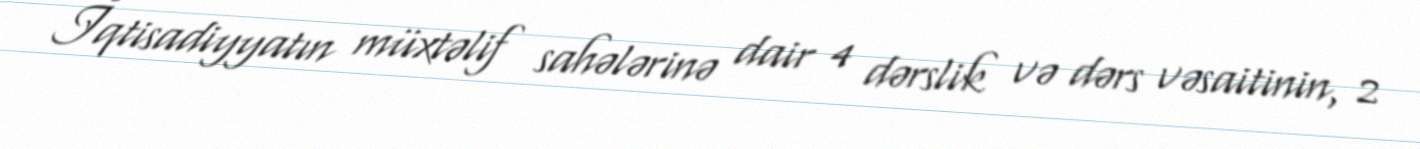
İqtisadiyyatın müxtəlif sahələrinə dair 4 dərslik və dərs vəsaitinin, 2